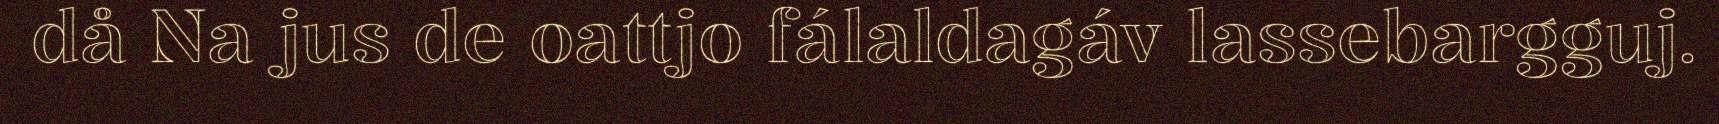
då Na jus de oattjo fálaldagáv lassebargguj.